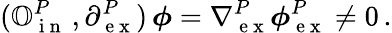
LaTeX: (\mathbb{O}_{\mathrm{~i~n~}}^{P}\, ,\partial_{\mathrm{~e~x~}}^{P})\, \boldsymbol\phi=\nabla{}_{\mathrm{~e~x~}}^{P}\boldsymbol\phi{}_{\mathrm{~e~x~}}^{P}\neq 0\, .